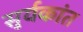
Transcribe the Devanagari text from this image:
सुर्यकांत